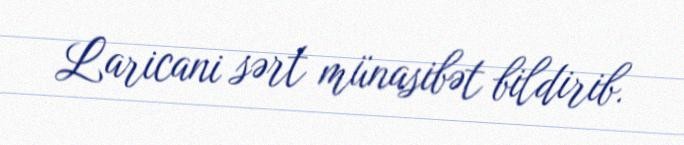
Laricani sərt münasibət bildirib.